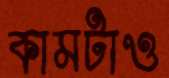
কামটাও